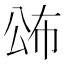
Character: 𭁍